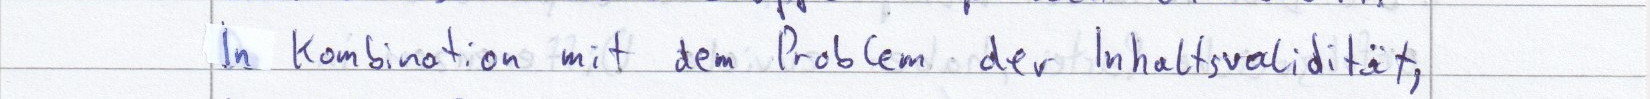
In Kombination mit dem Problem der Inhaltsvalidität,